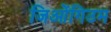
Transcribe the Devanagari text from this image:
जिओंगिउम